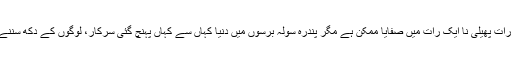
دہشت گردی راتوں رات پھیلی نا ایک رات میں صفایا ممکن ہے مگر پندرہ سولہ برسوں میں دنیا کہاں سے کہاں پہنچ گئی سرکار، لوگوں کے دُکھ سُننے کا حوصلہ کیجئے۔